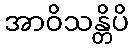
အာဝိသန္တိပိ